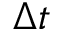
\Delta t